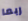
ربما